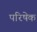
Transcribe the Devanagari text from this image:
परिषेक